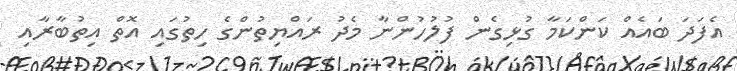
އެފަދަ ބައެއް ކަންކަމާ ގުޅިގެން ފުލުހުންނާ މެދު ރައްޔިތުންގެ ހިތުގައި އޮތް އިތުބާރާއި